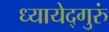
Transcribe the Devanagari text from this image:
ध्यायेद्गुरुं